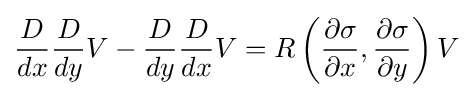
{\frac {D}{dx}}{\frac {D}{dy}}V-{\frac {D}{dy}}{\frac {D}{dx}}V=R\left({\frac {\partial \sigma }{\partial x}},{\frac {\partial \sigma }{\partial y}}\right)V